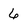
Character: 6